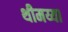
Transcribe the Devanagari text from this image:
थीमय्या